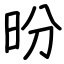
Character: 昐